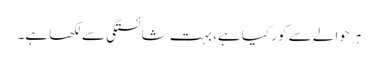
ہر حوالے سے کور کیا ہے، بہت شائستگی سے لکھا ہے۔